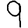
Digit: 9